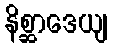
နိစ္ဆာဒေယျ